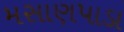
મસાણપાડા